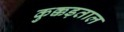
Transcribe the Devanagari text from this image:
कुक्कड़ताल